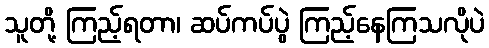
သူတို့ ကြည့်ရတာ၊ ဆပ်ကပ်ပွဲ ကြည့်နေကြသလိုပဲ